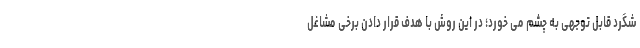
شگرد قابل توجهی به چشم می خورد؛ در این روش با هدف قرار دادن برخی مشاغل